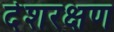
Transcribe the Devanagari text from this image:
देशरक्षण